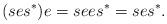
LaTeX: \begin{align*}(ses^*)e = sees^* = ses^*.\end{align*}